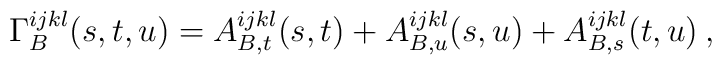
\Gamma^{ijkl}_B(s,t,u)=A^{ijkl}_{B,t}(s,t) + A^{ijkl}_{B,u}(s,u) + A^{ijkl}_{B,s}(t,u) \:,